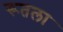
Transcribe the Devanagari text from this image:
रूतला